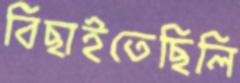
বিছাইতেছিলি